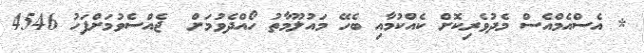
* އެސްއެމްއެސް މެދުވެރިކޮށް ކެއްކުމާއި ބެހޭ މައުލޫމާތު ހޯއްދެވުމަށް  ޖެއްސެވުމަށްފަހު 4546